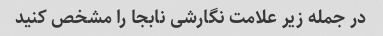
در جمله زیر علامت نگارشی نابجا را مشخص کنید